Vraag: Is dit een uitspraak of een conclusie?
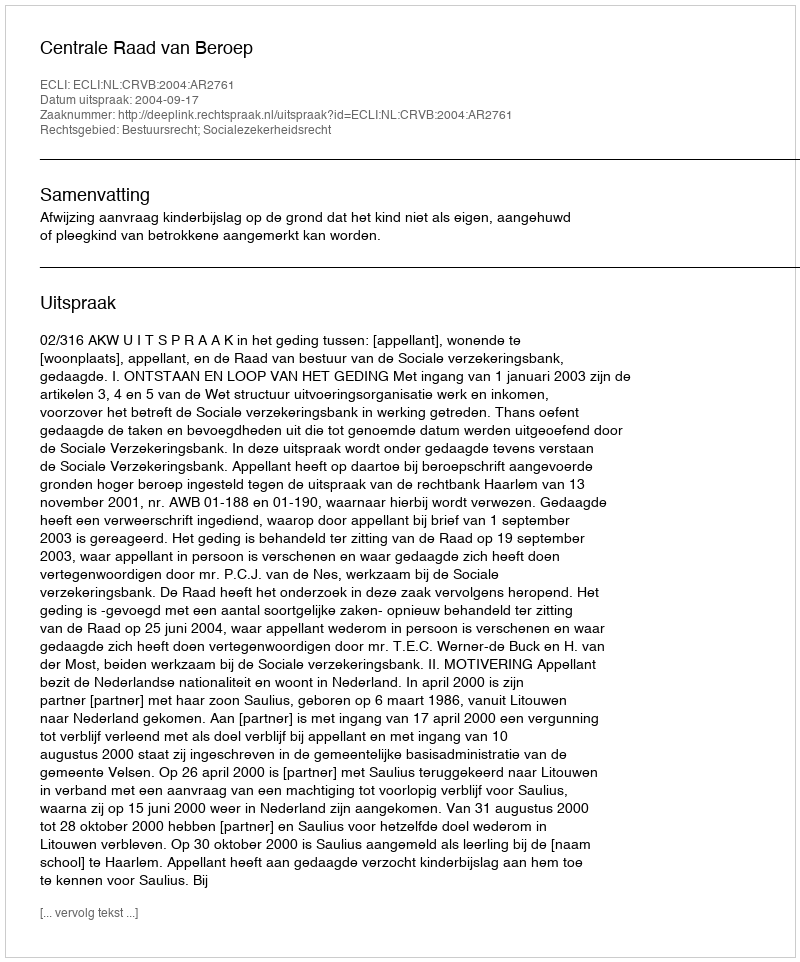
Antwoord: Uitspraak